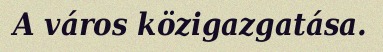
A város közigazgatása.